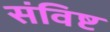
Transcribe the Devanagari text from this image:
संविष्ट